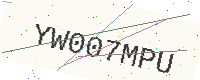
Text: YW007MPU